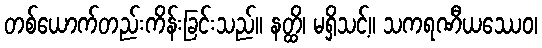
တစ်ယောက်တည်းကိန်းခြင်းသည်။ နတ္ထိ၊ မရှိသင့်။ သကရဏီယဿေဝ၊